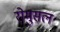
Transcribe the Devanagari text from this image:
रोमुसल